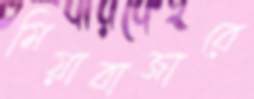
মিয়াবাজারে